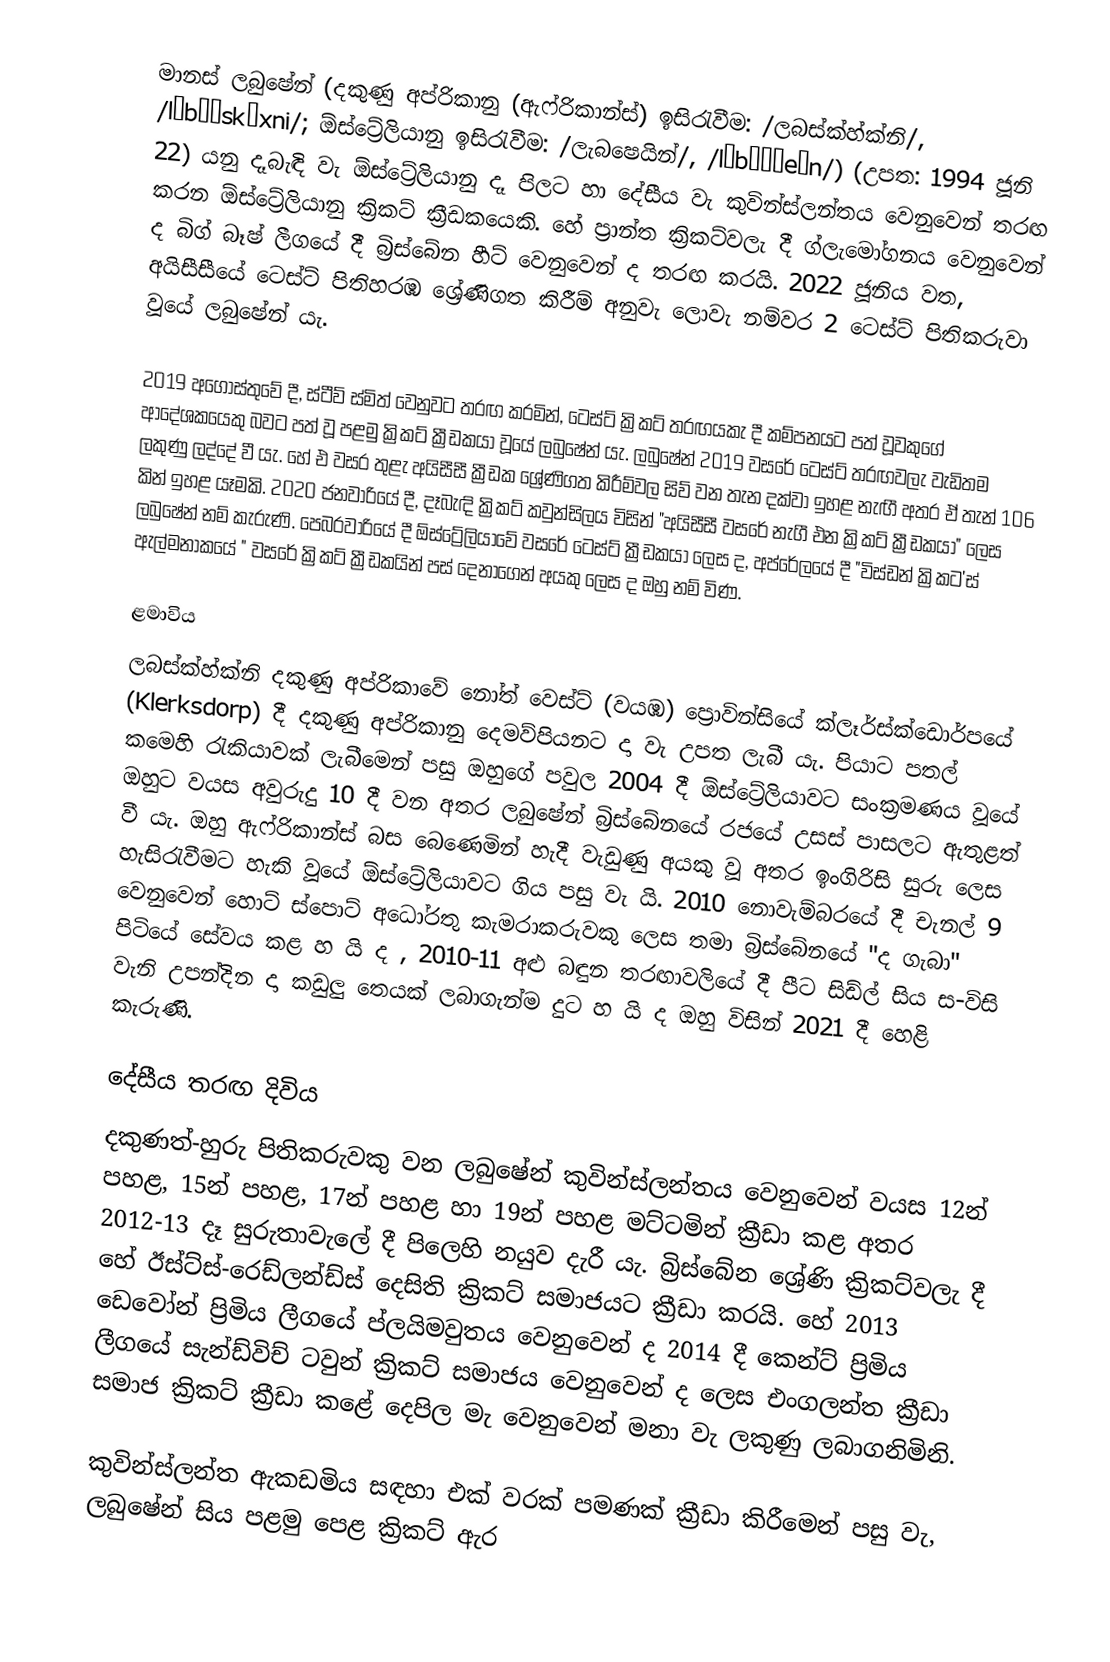
මානස් ලබුෂේන් (දකුණු අප්රිකානු (ඇෆ්රිකාන්ස්) ඉසිරැවීම: /ලබස්ක්හ්ක්නි/, /lʌbəˈskʌxni/; ඕස්ට්‍රේලියානු ඉසිරැවීම: /ලැබෂෙයින්/, /læbəˈʃeɪn/)  (උපත: 1994 ජූනි 22) යනු දෑබැඳි වැ ඕස්ට්‍රේලියානු දෑ පිලට හා දෙ‍්සීය වැ කුවින්ස්ලන්තය වෙනුවෙන් තරඟ කරන ඕස්ට්‍රේලියානු ක්‍රිකට් ක්‍රීඩකයෙකි. හේ ප්‍රාන්ත ක්‍රිකට්වලැ දී ග්ලැමෝගනය වෙනුවෙන් ද බිග් බෑෂ් ලීගයේ දී බ්‍රිස්බේන හීට් වෙනුවෙන් ද තරඟ කරයි. 2022 ජූනිය වත, අයිසීසීයේ ටෙස්ට් පිතිහරඹ ශ්‍රේණිගත කිරීම් අනුවැ ලොවැ නම්වර 2 ටෙස්ට් පිතිකරුවා වූයේ ලබුෂේන් යැ.

2019 අගෝස්තුවේ දී, ස්ටීව් ස්මිත් වෙනුවට තරඟ කරමින්, ටෙස්ට් ක්‍රිකට් තරඟයකැ දී කම්පනයට පත් වූවකුගේ ආදේශකයෙකු බවට පත් වූ පළමු ක්‍රිකට් ක්‍රීඩකයා වූයේ ලබුෂේන් යැ. ලබුෂේන් 2019 වසරේ ටෙස්ට් තරඟවලැ වැඩිතම ලකුණු ලද්දේ වී යැ. හේ එ වසර තුළැ අයිසීසී ක්‍රීඩක ශ්‍රේණිගත කිරීම්වල සිව් වන තැන දක්වා ඉහළ නැඟී  අතර ඒ තැන් 106 කින් ඉහළ යෑමකි.  2020 ජනවාරියේ දී, දෑබැඳි ක්‍රිකට් කවුන්සිලය විසින් "අයිසීසී වසරේ නැගී එන ක්‍රිකට් ක්‍රීඩකයා" ලෙස ලබුෂේන් නම් කැරුණි. පෙබරවාරියේ දී ඕස්ට්‍රේලියාවේ වසරේ ටෙස්ට් ක්‍රීඩකයා ලෙස ද,   අප්රේලයේ දී  "විස්ඩන් ක්‍රිකට'ස් ඇල්මනාකයේ " වසරේ ක්‍රිකට් ක්‍රීඩකයින් පස් දෙනාගෙන් අයකු ලෙස ද ඔහු නම් විණ.

ළමාවිය
ලබස්ක්හ්ක්නි දකුණු අප්රිකාවේ නෝත් වෙස්ට් (වයඹ) ප්‍රොවින්සියේ ක්ලෑර්ස්ක්ඩොර්පයේ (Klerksdorp) දී දකුණු අප්රිකානු දෙමව්පියනට දා වැ උපත ලැබී යැ. පියාට පතල් කමෙහි රැකියාවක් ලැබීමෙන් පසු ඔහුගේ පවුල 2004 දී ඕස්ට්‍රේලියාවට සංක්‍රමණය වූයේ ඔහුට වයස අවුරුදු 10 දී වන අතර ලබුෂේන් බ්‍රිස්බේනයේ රජයේ උසස් පාසලට ඇතුළත් වී යැ. ඔහු ඇෆ්රිකාන්ස් බස බෙණෙමින් හැදී වැඩුණු අයකු වූ අතර ඉංගිරිසි සුරු ලෙස හැසිරැවීමට හැකි වූයේ ඕස්ට්‍රේලියාවට ගිය පසු වැ යි.  2010 නොවැම්බරයේ දී චැනල් 9 වෙනුවෙන් හොට් ස්පොට් අධෝරතු කැමරාකරුවකු ලෙස තමා බ්‍රිස්බේනයේ "ද ගැබා" පිටියේ සේවය කළ හ යි ද , 2010-11 අළු බඳුන තරඟාවලියේ දී පීට සිඩ්ල් සිය ස-විසි වැනි උපන්දින දා කඩුලු තෙයක් ලබාගැන්ම දුට හ යි ද ඔහු විසින් 2021 දී හෙළි කැරුණි.

දේසීය තරඟ දිවිය
දකුණත්-හුරු පිතිකරුවකු වන ලබුෂේන් කුවින්ස්ලන්තය වෙනුවෙන් වයස 12න් පහළ, 15න් පහළ, 17න් පහළ හා 19න් පහළ මට්ටමින් ක්‍රීඩා කළ අතර 2012-13 දෑ සුරුතාවැලේ දී පිලෙහි නයුව දැරී යැ.   බ්‍රිස්බේන ශ්‍රේණි ක්‍රිකට්වලැ දී හේ ඊස්ට්ස්-රෙඩ්ලන්ඩ්ස් දෙසිති ක්‍රිකට් සමාජයට ක්‍රීඩා කරයි.  හේ 2013 ඩෙවෝන් ප්‍රිමිය ලීගයේ ප්ලයිමවුතය වෙනුවෙන් ද 2014 දී කෙන්ට් ප්‍රිමිය ලීගයේ සැන්ඩ්විච් ටවුන් ක්‍රිකට් සමාජය වෙනුවෙන් ද ලෙස එංගලන්ත ක්‍රීඩා සමාජ ක්‍රිකට් ක්‍රීඩා කළේ දෙපිල මැ වෙනුවෙන් මනා වැ ලකුණු ලබාගනිමිනි.

කුවින්ස්ලන්ත ඇකඩමිය සඳහා එක් වරක් පමණක් ක්‍රීඩා කිරීමෙන් පසු වැ, ලබුෂේන් සිය පළමු පෙළ ක්‍රිකට් ඇර